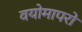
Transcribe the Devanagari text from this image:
वयोमापरो